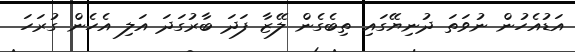
އަޑުއެހުން ނުވަތަ ދުނިޔޭގައި ތިބެގެން ލޭޒާ ފަދަ ބާރުގަދަ އަލި އެހެން ގުރަހަ